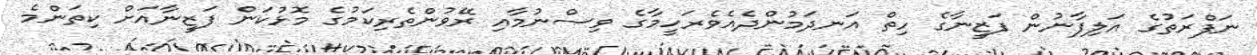
ނަފްރަތުގެ އަލިފާނުން ފަޒީނާގެ ހިތް އަނދަމުންދެއެވެރަހީމާގެ ވިސްނުމާއި ރޭވުންތެރިކަމުގެ މޮޅުކަން ފަޒީނާއަށް ކިތަންމެ